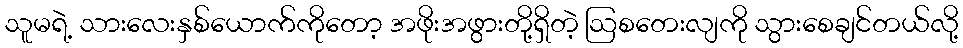
သူမရဲ့ သားလေးနှစ်ယောက်ကိုတော့ အဖိုးအဖွားတို့ရှိတဲ့ ဩစတေးလျကို သွားစေချင်တယ်လို့